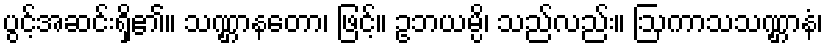
ပွင့်အဆင်းရှိ၏။ သဏ္ဌာနတော၊ ဖြင့်။ ဥဘယမ္ပိ၊ သည်လည်း။ ဩကာသသဏ္ဌာနံ၊